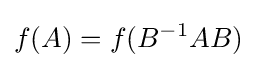
f(A)=f(B^{-1}AB)